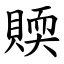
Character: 䞂